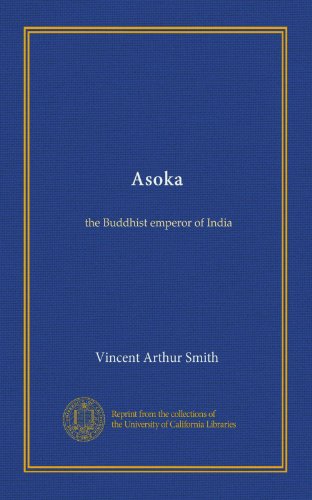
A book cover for Asoka: the Buddhist emperor of India; Vincent Arthur Smith; History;